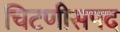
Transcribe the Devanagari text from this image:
चिटणीसपद